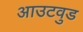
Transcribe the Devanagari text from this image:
आउटवुड